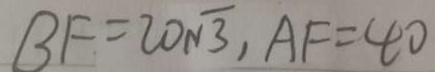
B F = 2 0 \sqrt { 3 } , A F = 4 0